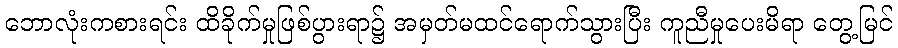
ဘောလုံးကစားရင်း ထိခိုက်မှုဖြစ်ပွားရာ၌ အမှတ်မထင်ရောက်သွားပြီး ကူညီမှုပေးမိရာ တွေ့မြင်